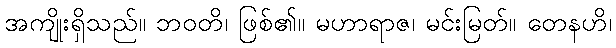
အကျိုးရှိသည်။ ဘဝတိ၊ ဖြစ်၏။ မဟာရာဇ၊ မင်းမြတ်။ တေနဟိ၊